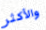
والأكثر